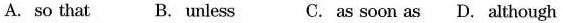
A. so that B. unless C.as soon as D.although